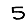
Digit: 5